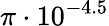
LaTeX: \pi\cdot 10^{-4.5}